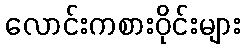
လောင်းကစားဝိုင်းများ